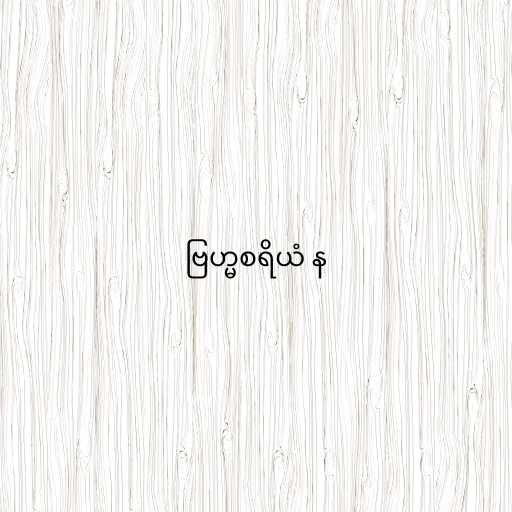
ဗြဟ္မစရိယံ န